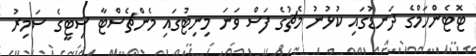
ޓޮޓެންހަމްގެ ދަނޑުގައި ކުޅުނު މެޗުގެ ފަސް ވަނަ މިނިޓުގައި މެންޗެސްޓާ ސިޓީގެ ސަމިރު